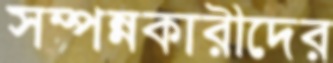
সম্পন্নকারীদের